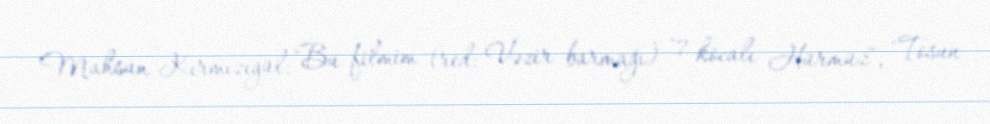
Mahsun Kırmızıgül: "Bu filmim (red: Vəzir barmağı) "7 kocalı Hürmüz", "Tosun